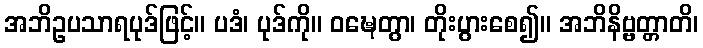
အဘိဥပသာရပုဒ်ဖြင့်။ ပဒံ၊ ပုဒ်ကို။ ဝဍ္ဎေတွာ၊ တိုးပွားစေ၍။ အဘိနိဗ္ဗတ္တာတိ၊